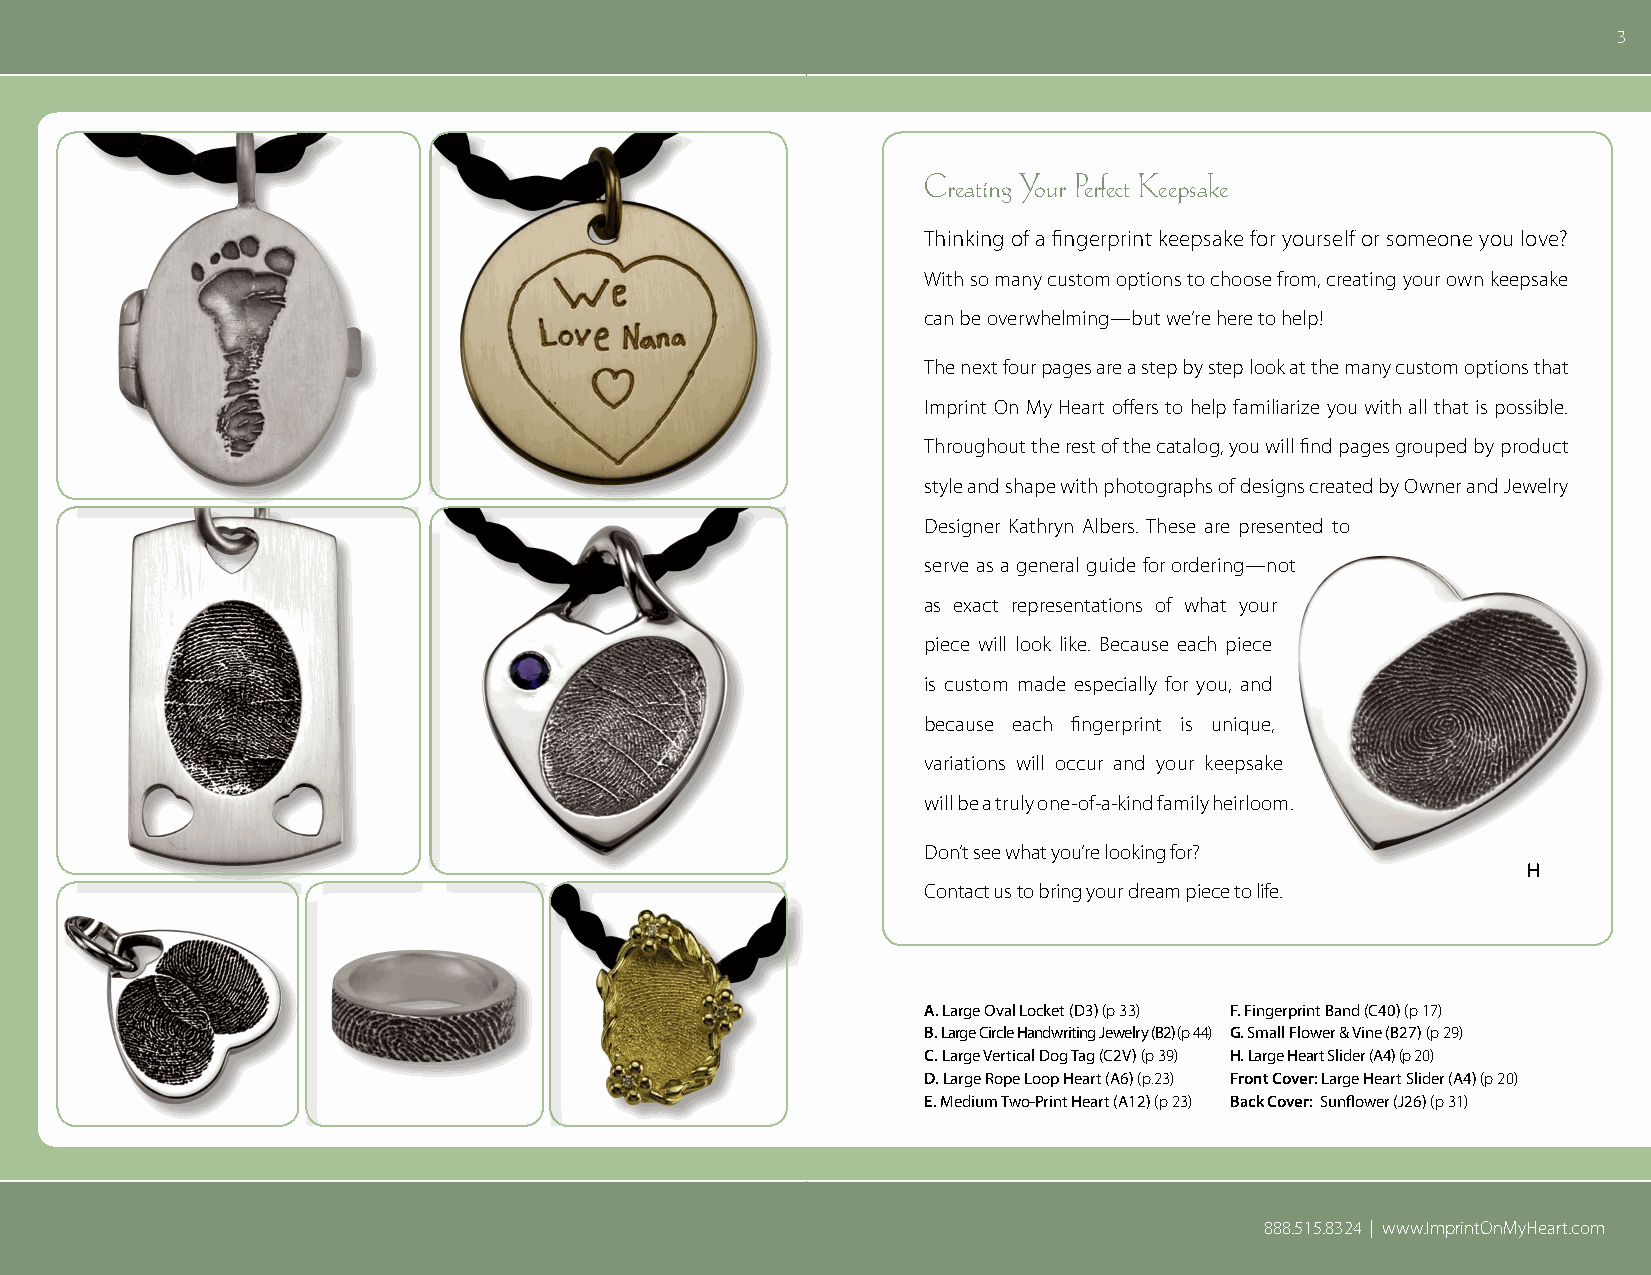
3
 Creating Your Perfect Keepsake
 Thinking of a fingerprint keepsake for yourself or someone you love?
 With so many custom options to choose from, creating your own keepsake
 can be overwhelming—but we’re here to help!
 The next four pages are a step by step look at the many custom options that
 Imprint On My Heart offers to help familiarize you with all that is possible.
 Throughout the rest of the catalog, you will find pages grouped by product
 A                       B
 style and shape with photographs of designs created by Owner and Jewelry
 Designer Kathryn Albers. These are presented to
 serve as a general guide for ordering—not
 as exact representations of what your
 piece will look like. Because each piece
 is custom made especially for you, and
 because each fingerprint is unique,
 variations will occur and your keepsake
 will be a truly one-of-a-kind family heirloom.
 C                       D          Don’t see what you’re looking for?
 Contact us to bring your dream piece to life.
 A. Large Oval Locket (D3) (p 33) F. Fingerprint Band (C40) (p 17)
 B. Large Circle Handwriting Jewelry (B2) (p 44) G. Small Flower & Vine (B27) (p 29)
 C. Large Vertical Dog Tag (C2V) (p 39) H. Large Heart Slider (A4) (p 20)
 D. Large Rope Loop Heart (A6) (p.23) Front Cover: Large Heart Slider (A4) (p 20)
 E               F               G          E. Medium Two-Print Heart (A12) (p 23) Back Cover: Sunflower (J26) (p 31)
 888.515.8324 | www.ImprintOnMyHeart.com